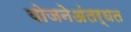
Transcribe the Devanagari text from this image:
योजनेअंतर्घत